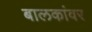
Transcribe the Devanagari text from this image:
बालकांवर